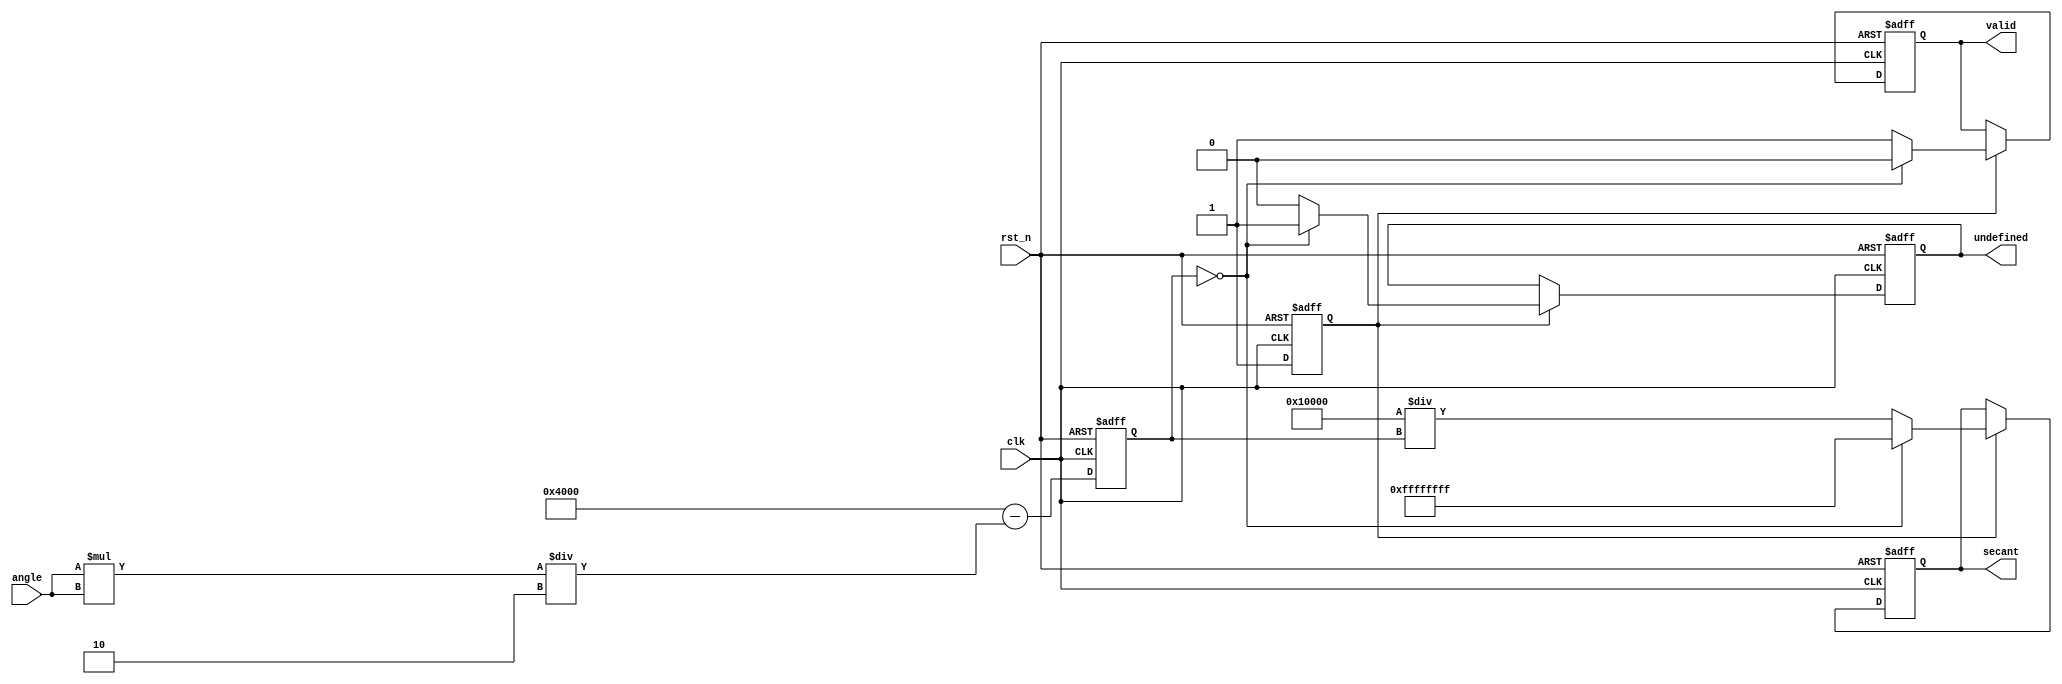
module secant_calculator (
    input wire clk,                  // Clock input
    input wire rst_n,                // Asynchronous reset (active low)
    input wire [15:0] angle,         // Input angle in radians (fixed-point, 16 bits)
    output reg [31:0] secant,        // Output secant value (32 bits)
    output reg valid,                // Valid output flag
    output reg undefined             // Undefined output flag
);

    // Internal signals
    reg [15:0] cosine_out;           // Output from cosine calculation
    wire [15:0] cosine_in;           // Input to cosine calculation
    reg cosine_valid;
    
    // Cosine calculation block (simple approximation)
    always @(posedge clk or negedge rst_n) begin
        if (!rst_n) begin
            cosine_out <= 16'h0000;
            cosine_valid <= 0;
        end else begin
            // Simple cosine approximation for demonstration
            // Cosine approximation: cos(x) = 1 - x^2/2 + x^4/24 (for small x)
            // Input angle in radians, fixed-point (scale appropriately)
            cosine_out <= 16'h4000 - (angle * angle) / 16'h0002; // Approximate cos
            cosine_valid <= 1;
        end
    end

    // Reciprocal calculation block
    always @(posedge clk or negedge rst_n) begin
        if (!rst_n) begin
            secant <= 32'h00000000;
            valid <= 0;
            undefined <= 0;
        end else if (cosine_valid) begin
            if (cosine_out == 16'h0000) begin
                // Handle division by zero
                secant <= 32'hFFFFFFFF; // Representing infinity or error
                valid <= 0;
                undefined <= 1;
            end else begin
                // Calculate secant as 1/cosine_out
                secant <= (32'h00010000 / cosine_out); // Scale for fixed-point
                valid <= 1;
                undefined <= 0;
            end
        end
    end

endmodule